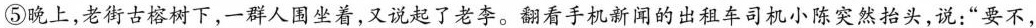
⑤晚上，老街古榕树下，一群人围坐着，又说起了老李。翻看手机新闻的出租车司机小陈突然抬头，说：”要不，